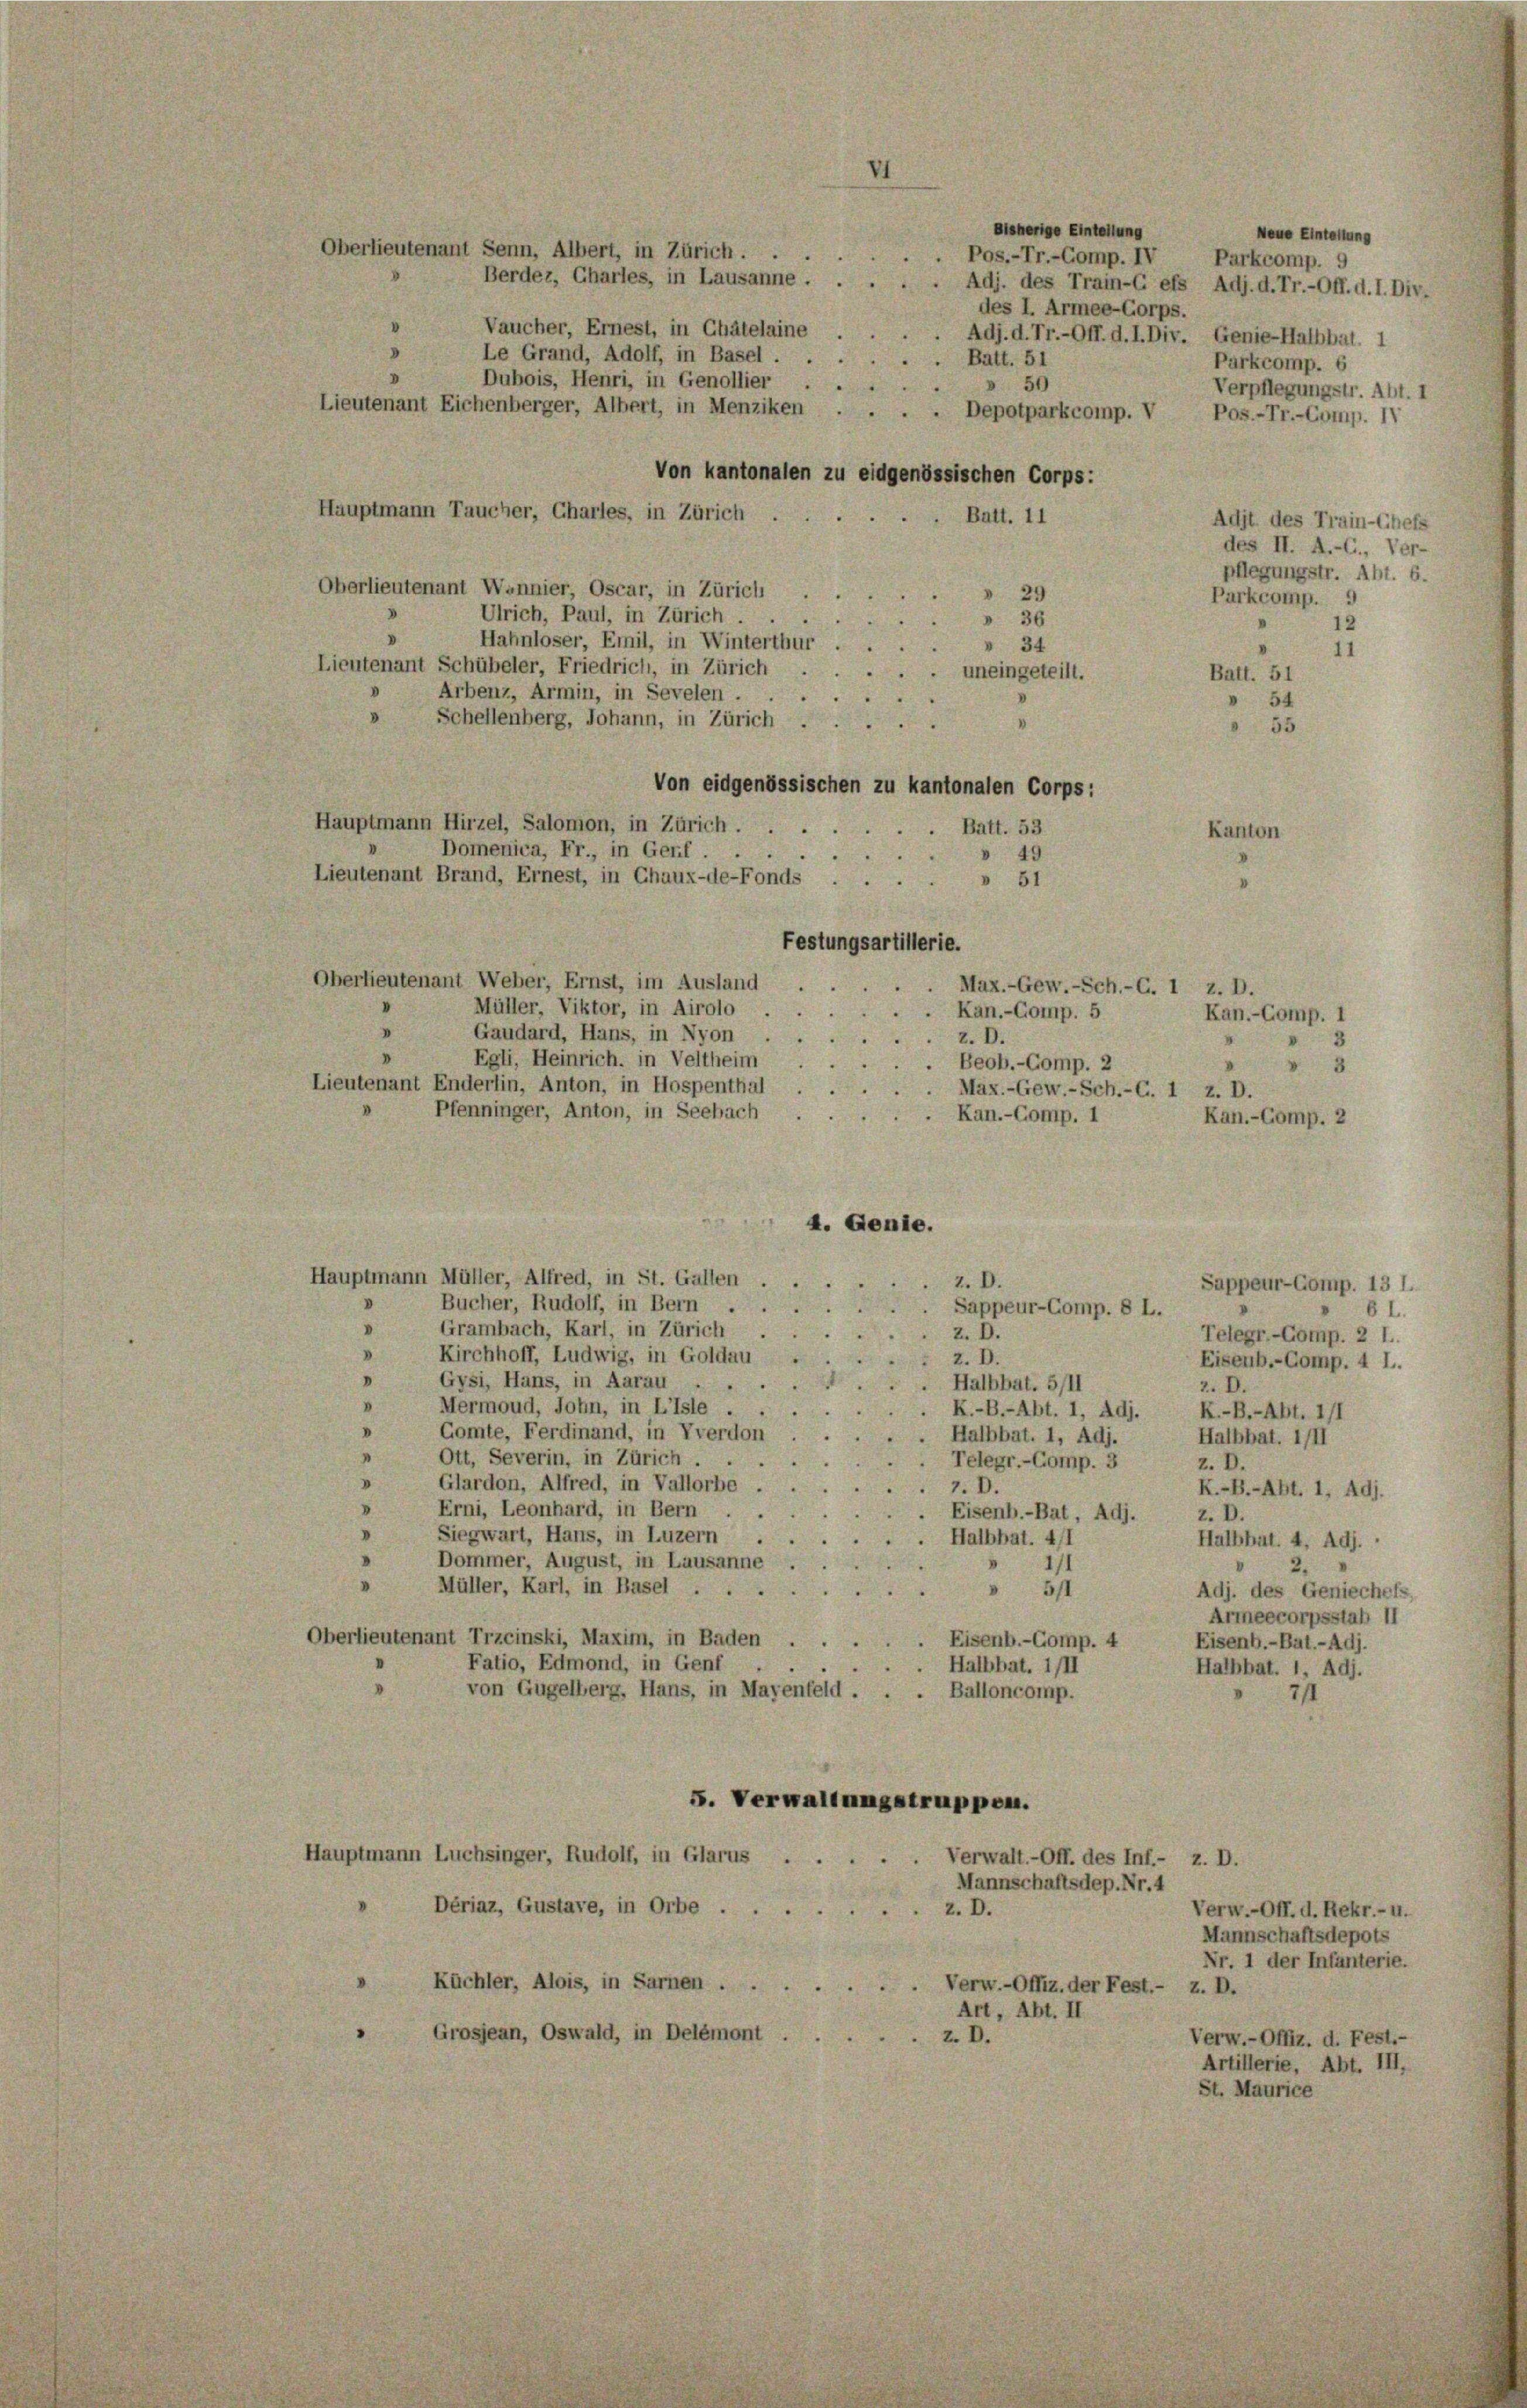
Oberlieutenant Senn, Albert, in Zürich . . .
Berdez, Charles, in Lausanne . . . . . Adj. des Train-C efs Adj. d. Tr.-Off. d. I. Div.
Le Grand, Adolf, in Basel. Batt. 51
Dubois, Henri, in Genollier. 50
Lieutenant Eichenberger, Albert, in Menziken . . . . Depotparkcomp. V Pos.-Tr.-Comp. IV
Von Kantonalen zu eidgenössischen Corps:
Hauptmann Taucher, Chartes, in Zürich
Oberlieutenant Wannier, Oscar, in Zürich
Ulrich, Paul, in Zürich
Hahnloser, Emil, in Winterthur
Lieutenant Schübeler, Friedrich, in Zürich.
Arbenz, Armin, in Sevelen.
.

Schellenberg, Johann, in Zürich
“
Von eidgenössischen zu kantonalen Corps:
Hauptmann Hirzel, Salomon, in Zürich.
. Batt. 53
u
Domenica, Fr., in Genf.
» 49
Lieutenant Brand, Ernest, in Chaux-de-Fonds
 51
Festungsartillerie.
Oberlieutenant Weber, Ernst, im Ausland
s
5
Max.-Gew.-Sch.-C. 1 z. D.
Müller, Viktor, in Airolo
.. Kan.-Comp. 5
"
Gaudard, Hans, in Nyon
z. D.
"
Egli, Heinrich. in Veltheim.
 Beob.-Comp. 2
Lieutenant Enderlin, Anton, in Hospenthal
Max.-Gew.-Sch.-C. 1 z. D.
Pfenninger, Anton, in Seebach
Kan.-Comp. 1
4. Genie.
Hauptmann Müller, Alfred, in St. Gallen
z. D.
Sappeur-Comp. 13 l.
"
Bucher, Rudolf, in Bern .
Sappeur-Comp. 8 L.
61.
d
Grambach, Karl, in Zürich
z. D.
Telegr.-Comp. 2 l..
.
Kirchhoff, Ludwig, in Goldau
z. D.
Eisenb.-Comp. 4 l..
Gysi, Hans, in Aarau ..
. Halbbat. 5/II
z. D.
Mermoud, John, in Lisle
K.-B.-Abt. 1, Adj.
5
K.-B.-Abt. 1/1
d
Gomte, Ferdinand, in Yverdon
Halbbat. 1, Adj.
Halbbat. 1/II
Ott, Severin, in Zürich . .
Telegr.-Comp. 3
z. D.
Glardon, Alfred, in Vallorbe
7.D.
K.-B.-Abt. 1, Adj.
5
Erni, Leonhard, in Bern
. Eisenb.-Bat, Adj.
z. D.
Siegwart, Hans, in Luzern
 . Halbbat. 41
Halbbat. 4, Adj.
Dommer, August, in Lausanne

1)
2.
.
Müller, Karl, in Basel . .
 5/1
Adj. des Geniechefs,
Armeecorpsstab II
Oberlieutenant Trzcinski, Maxim, in Baden
 Eisenb.-Comp. 4
Eisenb.-Bat.-Adj.
Fatio, Edmond, in Genf .
 Halbbat. 1/II
Hathbat. 1, Adj.
von Gugelberg, Hans, in Mayenfeld . . . Balloncomp.
F. Verwaltungstruppen.
Hauptmann Luchsinger, Rudolf, in Glarus.
Verwalt. - Off. des Inf.- z. D.
Mannschaftsdep. Nr. 4
Dériaz, Gustave, in Orbe ..
Verw.-Off. d. Rekr.- u.
z. D.
Mannschaftsdepots
Nr. 1 der Infanterie.
Küchler, Alois, in Sarnen ....... Verw.-Offiz. der Fest.- z. D.
Art, Abt. II
Grosjean, Oswald, in Delémont .
z. D.
Verw.-Offiz. d. Fest.-
Artillerie, Abt. III,
St. Maurice

Bisherige Einteilung
Neue Eintertung
Pos.-Tr.-Comp. IV
Parkcomp. 9
des I. Armee-Corps.
Vaucher, Ernest, in Chätelaine . . . . Adj. d. Tr.-Off. d. I. Div. Genie-Halbbat. 1
Parkcomp. 6
Verpflegungstr. Abt. I
Batt. 11
Adit des Train-Chefs
des II. A.-C., Ver-
pflegungstr. Abt. 6.
» 29
Parkcomp. 9
» 36
12
 34
11
. uneingeteilt.
Batt. 51

54
55

Kanton

Kan.-Comp. 1
I
" 3
Kan.-Gomp. 2